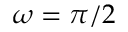
\omega = \pi / 2